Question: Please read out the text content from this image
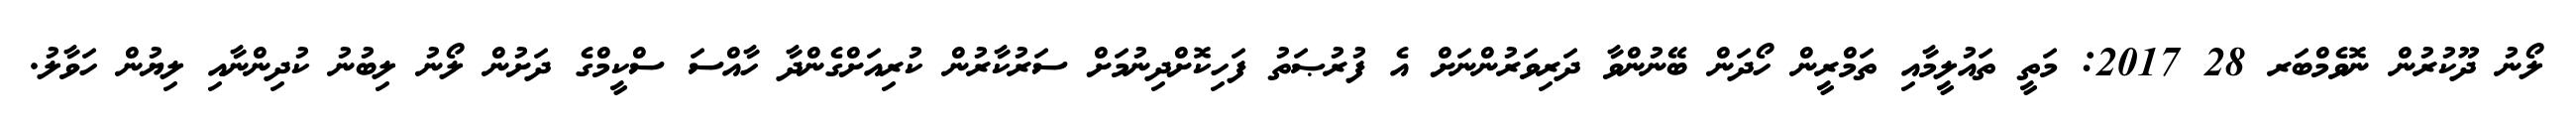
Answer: ލޯނު ދޫކުރުން ނޮވެމްބަރ 28 2017: މަތީ ތައުލީމާއި ތަމްރީން ހޯދަން ބޭނުންވާ ދަރިވަރުންނަށް އެ ފުރުޞަތު ފަހިކޮށްދިނުމަށް ސަރުކާރުން ކުރިއަށްގެންދާ ހާއްސަ ސްކީމްގެ ދަށުން ލޯނު ލިބުނު ކުދިންނާއި ލިޔުން ހަވާލު.